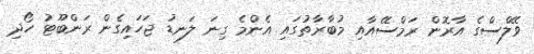
ވޭލްސްގެ އާރޮން ރަމްސޭއާއި މުބާރާތުގައި އެންމެ ގިނަ ލަނޑު ޖަހައިގެން ރަންބޫޓު ހޯދި